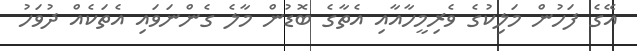
އޭގެ ފަހުން މަލިކުގެ ވެރިމީހާއާއި އެތާގެ ބޮޑުން މާލެ ގެންނަވައި އެތަކެއް ދުވަހު